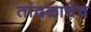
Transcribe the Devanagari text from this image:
तांदळाचेच